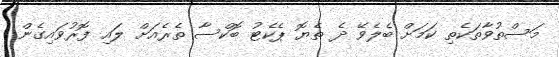
މަސްތުވާތަކެތި ކަމަށް ބެލެވޭ ދެ ތެޔޮ ޕެކެޓު ބޮކްސާ ތެރެއަށް ލައި ފޮރުވައިގެން